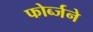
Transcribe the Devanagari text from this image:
फोर्ब्जने